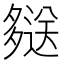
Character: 𫯖